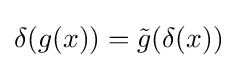
\delta (g(x))={\tilde {g}}(\delta (x))